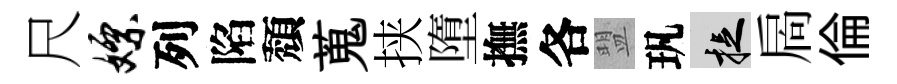
尺嫖列陷頽蒐挟墮撫各盟㺬捉扄倫